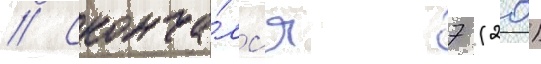
// Сконча́лс'я 7 (20)